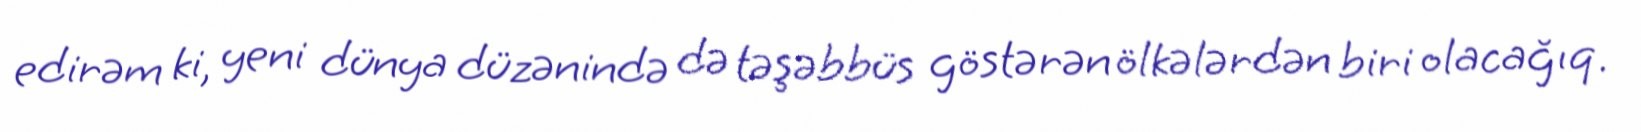
edirəm ki, yeni dünya düzənində də təşəbbüs göstərən ölkələrdən biri olacağıq.